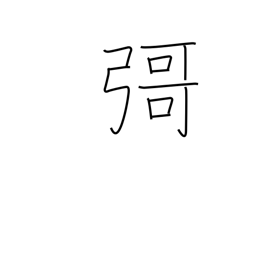
Meaning: (ghost kanji)